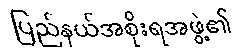
ပြည်နယ်အစိုးရအဖွဲ့၏